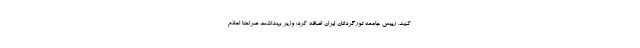
کنید. رییس جامعه تورگردانان ایران اضافه کرد: وزیر بهداشت صراحتا اعلام